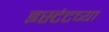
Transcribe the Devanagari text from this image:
इस्टेटच्या